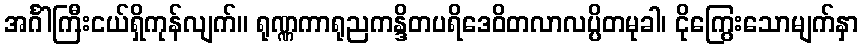
အင်္ဂါကြီးငယ်ရှိကုန်လျက်။ ရုဏ္ဏကာရုညကန္ဒိတပရိဒေဝိတလာလပ္ပိတမုခါ၊ ငိုကြွေးသောမျက်နှာ